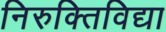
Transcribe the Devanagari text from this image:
निरुक्तिविद्या